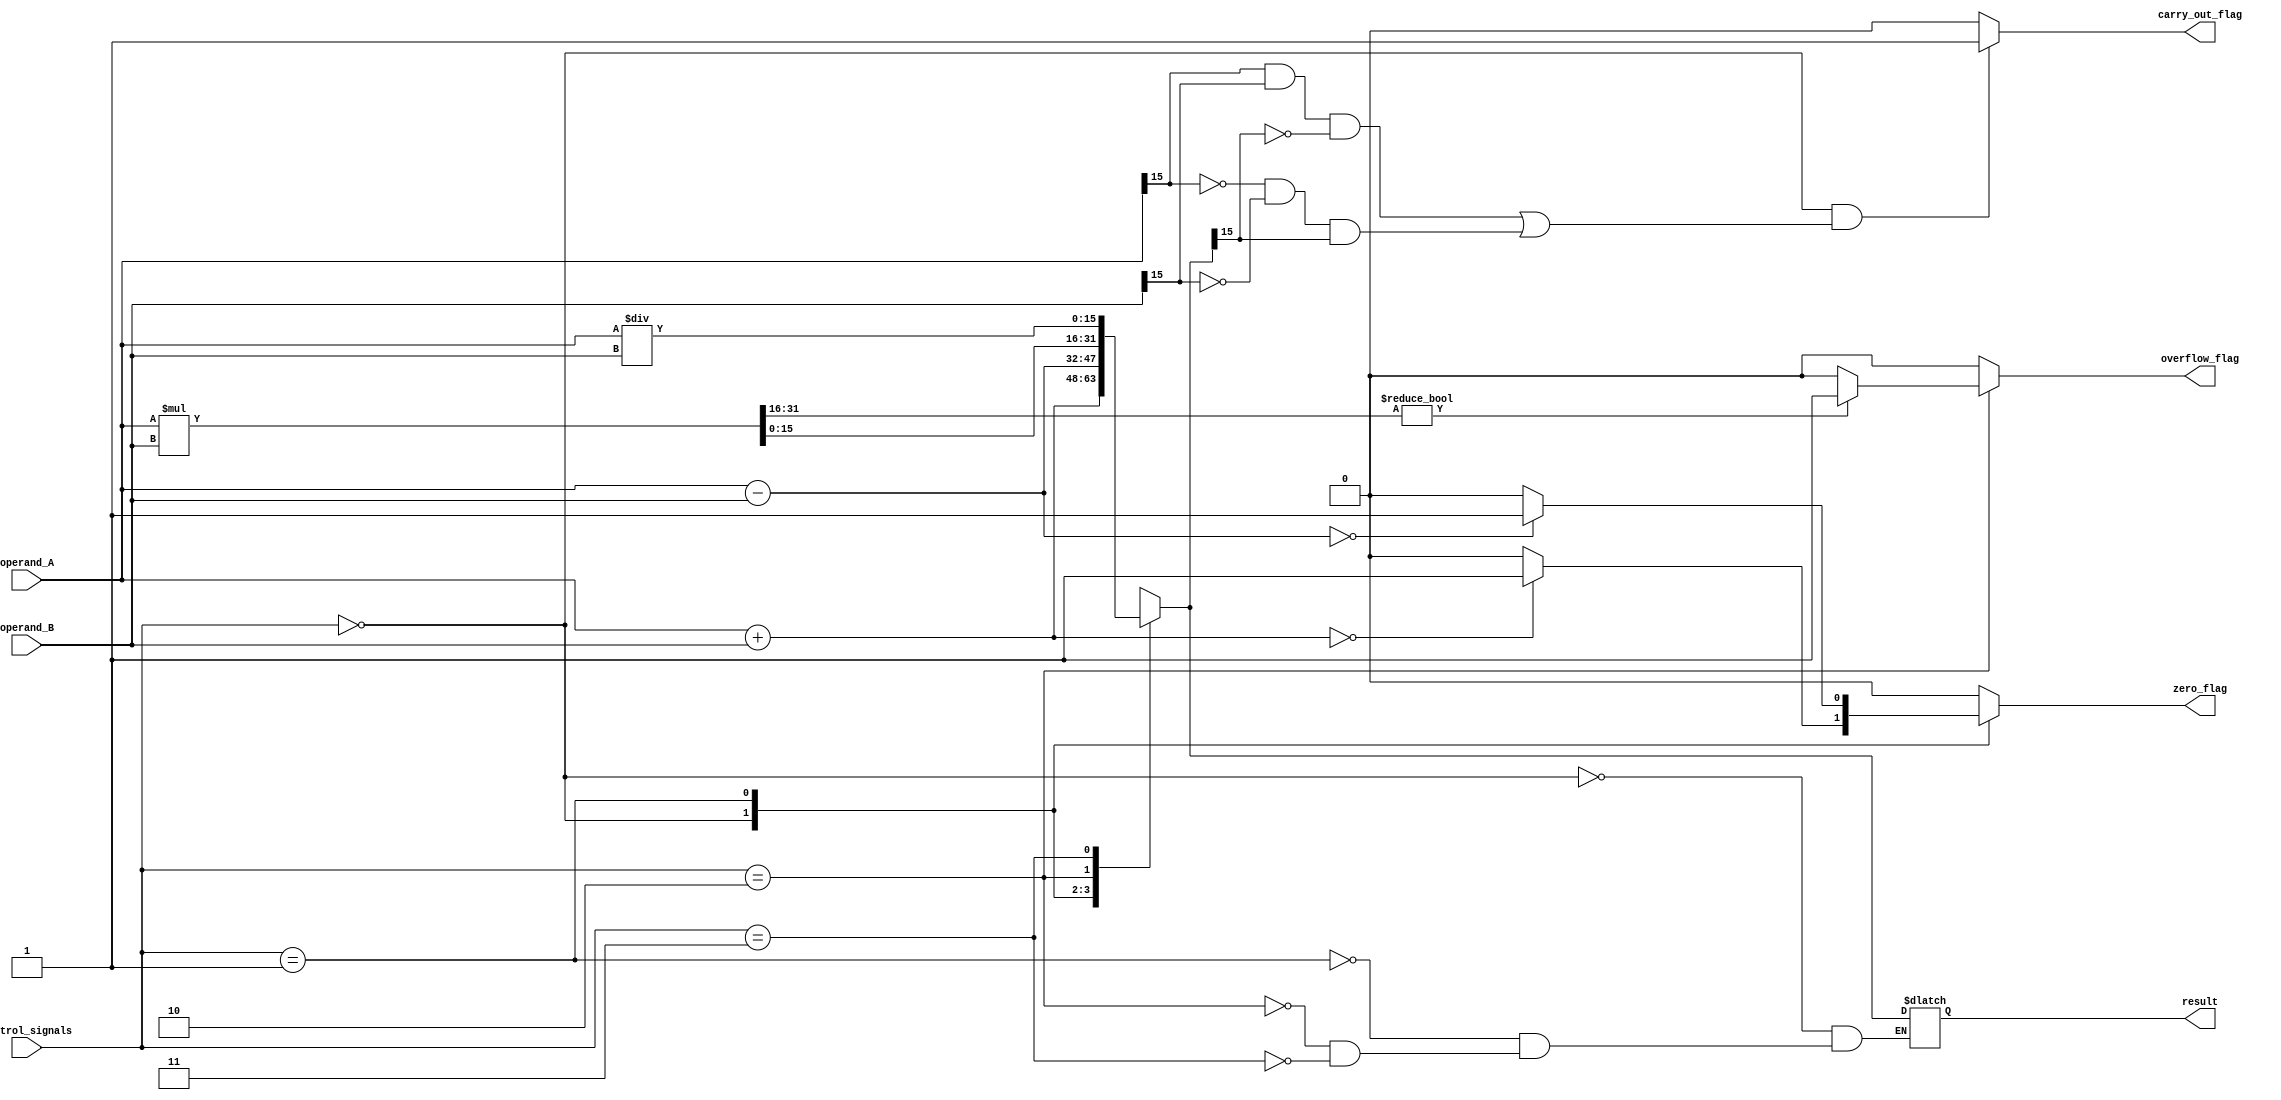
module ALU_16bit (
    input [15:0] operand_A,
    input [15:0] operand_B,
    input [2:0] control_signals,
    output reg [15:0] result,
    output reg zero_flag,
    output reg overflow_flag,
    output reg carry_out_flag
);

reg [15:0] add_result;
reg [15:0] sub_result;
reg [31:0] mul_result;
reg [15:0] div_result;

always @(*) begin
    zero_flag = 0;
    overflow_flag = 0;
    carry_out_flag = 0;
    
    // Arithmetic operations
    case(control_signals)
        3'b000: begin // Addition
            add_result = operand_A + operand_B;
            if(add_result == 16'h0000) zero_flag = 1;
            if(add_result[16] == 1) overflow_flag = 1;
            result = add_result;
        end
        
        3'b001: begin // Subtraction
            sub_result = operand_A - operand_B;
            if(sub_result == 16'h0000) zero_flag = 1;
            if(sub_result[16] == 1) overflow_flag = 1;
            result = sub_result;
        end
        
        3'b010: begin // Multiplication
            mul_result = operand_A * operand_B;
            result = mul_result[15:0];
            if(mul_result[31:16] != 16'h0000) overflow_flag = 1;
        end
        
        3'b011: begin // Division
            div_result = operand_A / operand_B;
            result = div_result[15:0];
        end
    endcase
    
    // Carry out flag
    if(control_signals == 3'b000 && (operand_A[15] & operand_B[15] & ~result[15] | ~operand_A[15] & ~operand_B[15] & result[15])) begin
        carry_out_flag = 1;
    end
end

endmodule